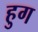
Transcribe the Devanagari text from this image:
हुग